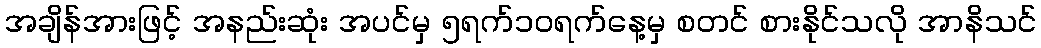
အချိန်အားဖြင့် အနည်းဆုံး အပင်မှ ၅ရက်၁၀ရက်နေ့မှ စတင် စားနိုင်သလို အာနိသင်